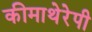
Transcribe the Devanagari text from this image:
कीमाथेरेपी